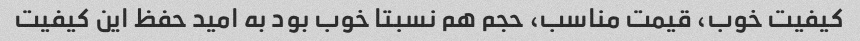
کیفیت خوب، قیمت مناسب، حجم هم نسبتا خوب بود به امید حفظ این کیفیت